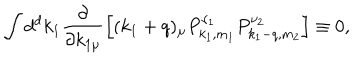
LaTeX: \int d ^ { d } k _ { 1 } \frac { \partial } { \partial k _ { 1 \mu } } \left[ ( k _ { 1 } + q ) _ { \mu } P _ { k _ { 1 } , m _ { 1 } } ^ { \nu _ { 1 } } P _ { k _ { 1 } - q , m _ { 2 } } ^ { \nu _ { 2 } } \right] \equiv 0 ,